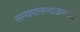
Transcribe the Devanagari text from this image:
सम्यगानन्दजनकः